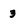
Character: 3